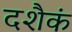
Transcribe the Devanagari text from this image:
दशैकं